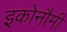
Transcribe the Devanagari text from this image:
इकोनौमी